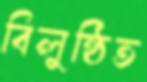
বিলুন্ঠিত